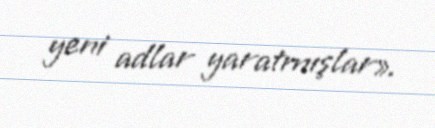
yeni adlar yaratmışlar».